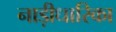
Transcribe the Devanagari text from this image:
नाड़ीधारिका